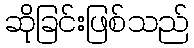
ဆိုခြင်းဖြစ်သည်